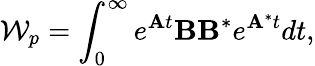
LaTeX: \mathcal{W}_{p}=\int_{0}^{\infty}e^{\mathbf{A}t}\mathbf{B}\mathbf{B}^{*}e^{\mathbf{A}^{*}t}dt,